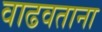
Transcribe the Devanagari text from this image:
वाढवताना